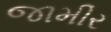
જામીર